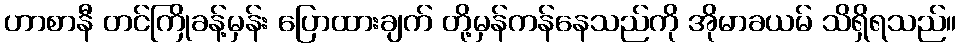
ဟာစာနီ တင်ကြိုခန့်မှန်း ပြောထားချက် တို့မှန်ကန်နေသည်ကို အိုမာခယမ် သိရှိရသည်။